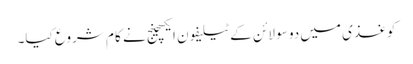
کوغذی میں دو سو لائن کے ٹیلیفون ایکسچینج نے کا م شروع کیا۔